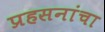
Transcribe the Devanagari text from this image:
प्रहसनांचा